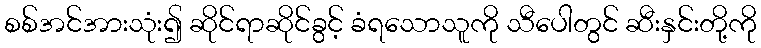
စစ်အင်အားသုံး၍ ဆိုင်ရာဆိုင်ခွင့် ခံရသောသူကို သီပေါတွင် ဆီးနှင်းတို့ကို